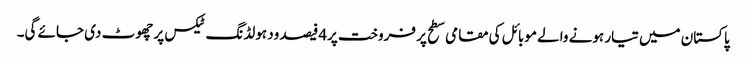
پاکستان میں تیار ہونے والے موبائل کی مقامی سطح پر فروخت پر4فیصد ود ہولڈنگ ٹیکس پر چھوٹ دی جائے گی۔